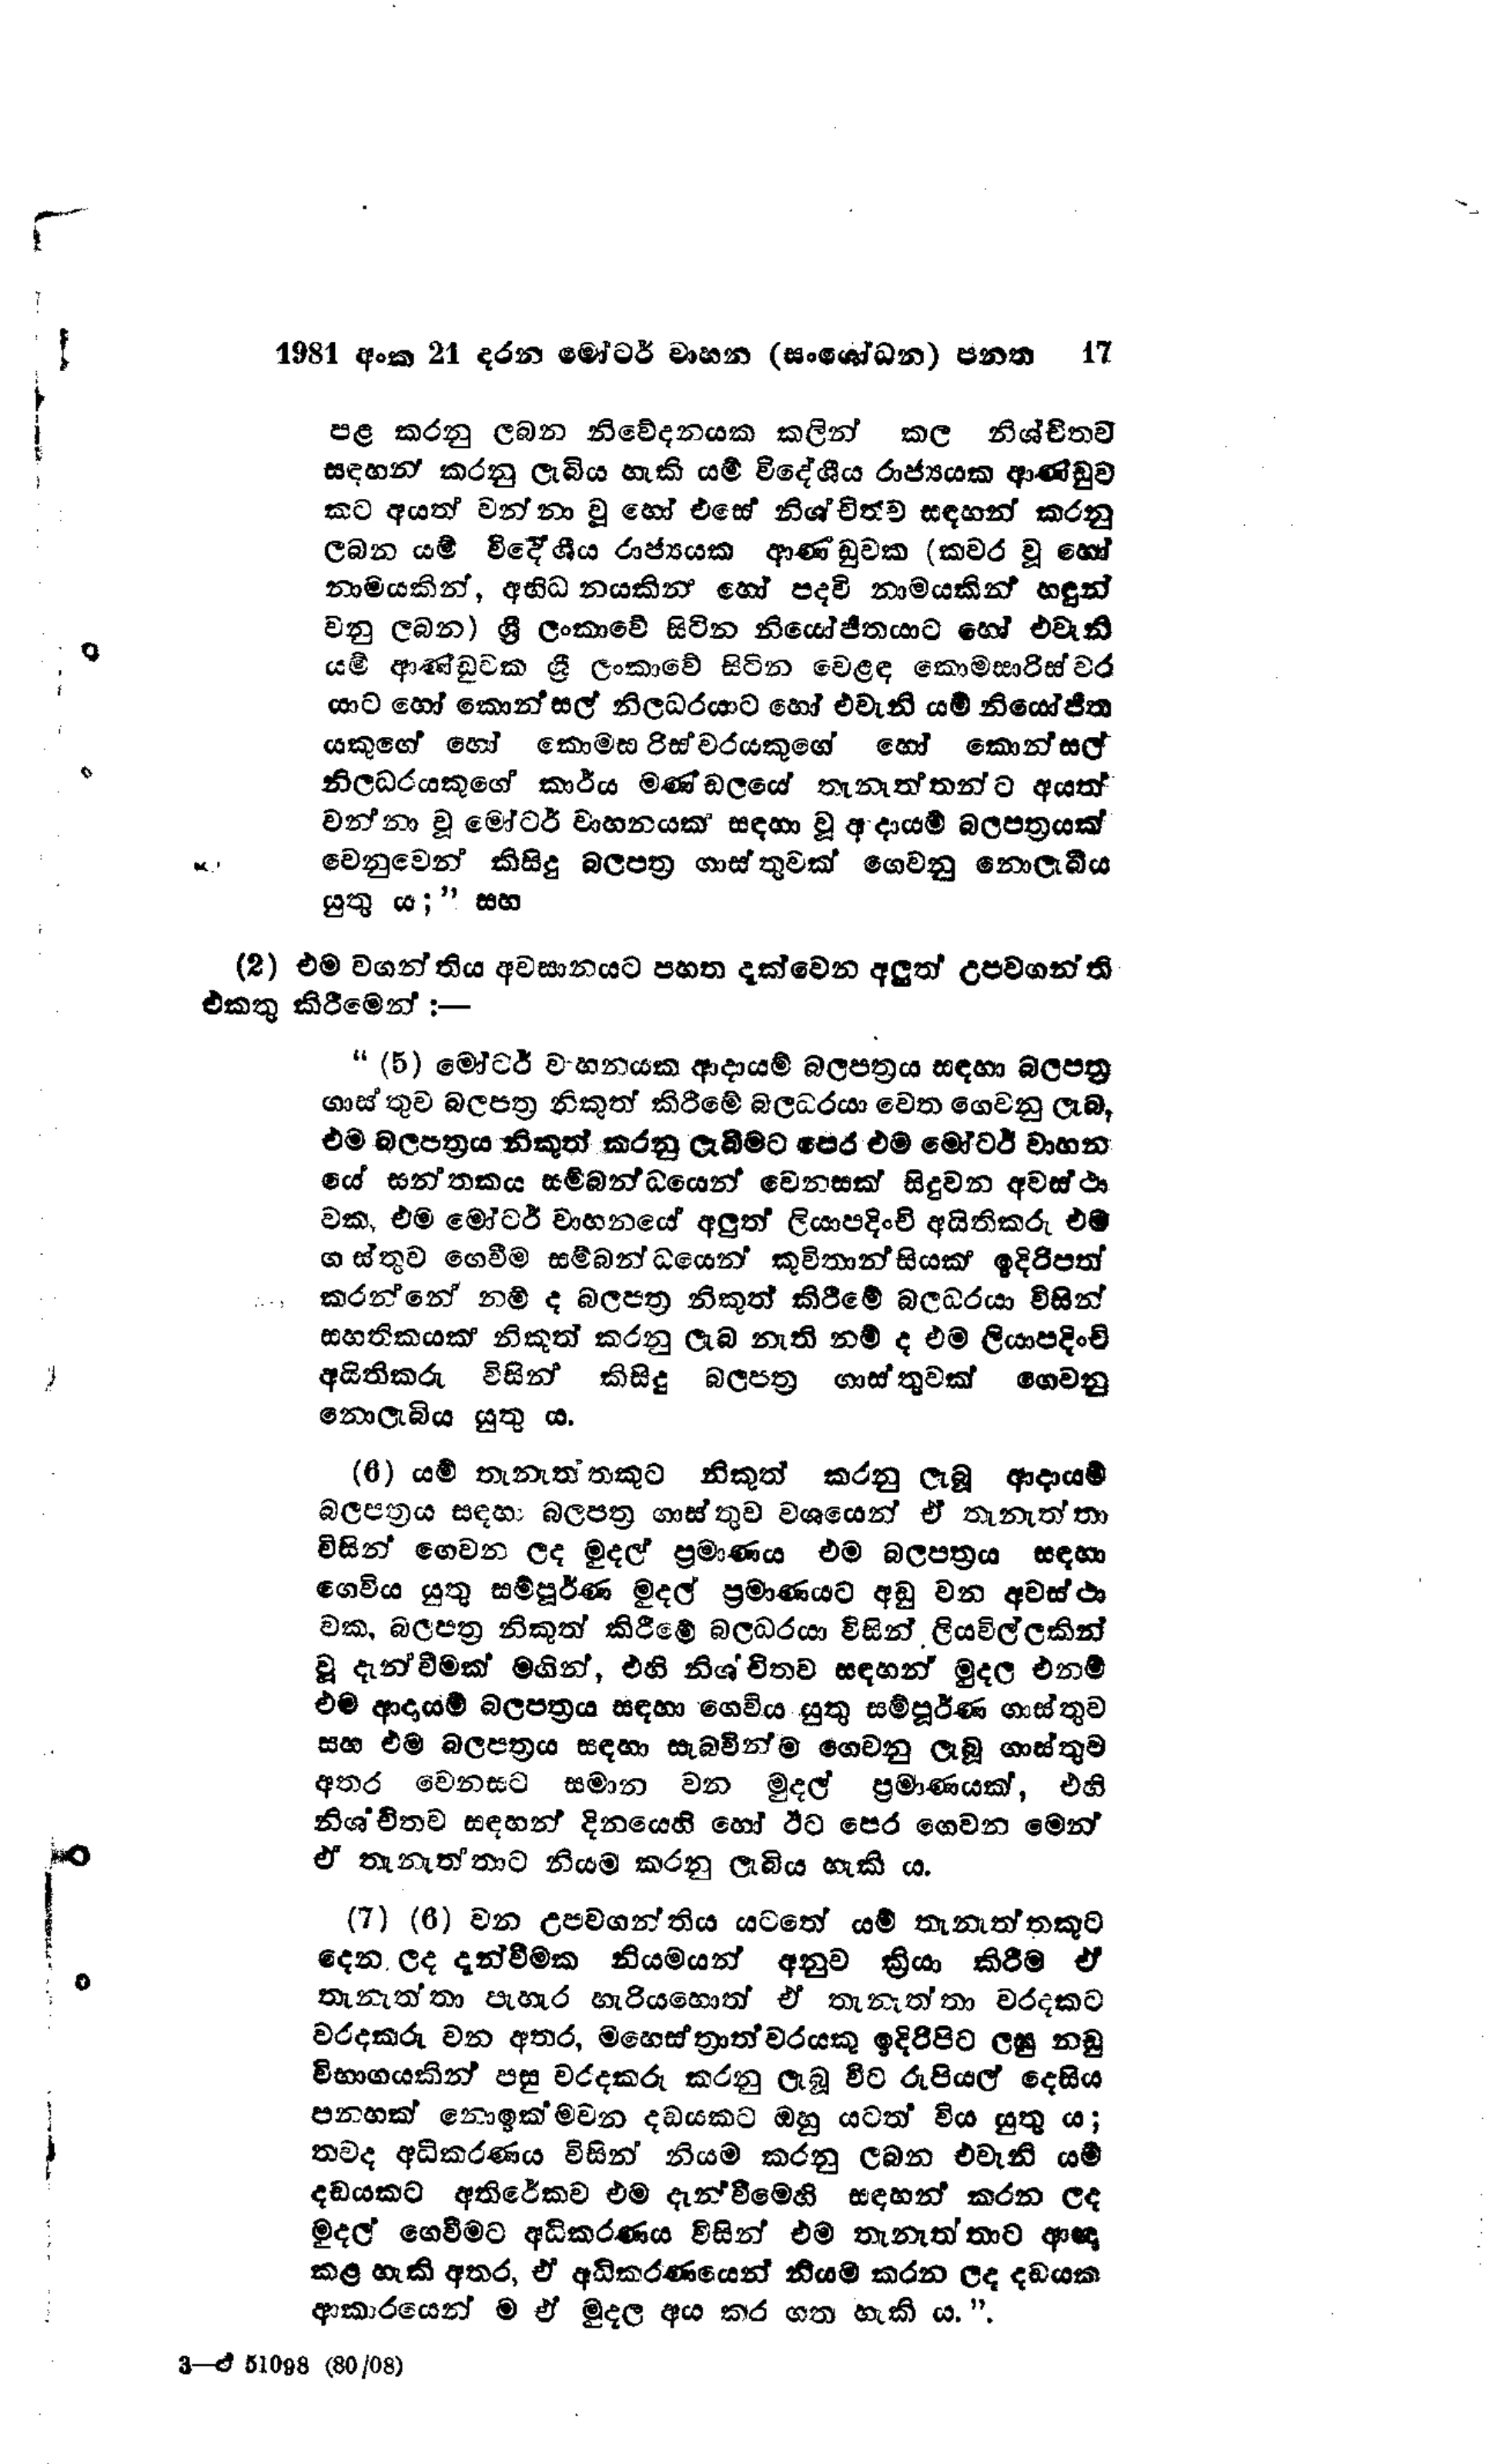
1981 අංක 21 දරන මෝටර් වාහන (සංශෝධන) පනත 	17

පළ කරනු ලබන නිවේදනයක කලින් කල නිශ්චිතව
සඳහන් කරනු ලැබිය හැකි යම් විදේශීය රාජ්‍යයක ආණ්ඩුව
කට අයත් වන්නා වූ හෝ එසේ නිශ්චිත්ව සඳහන් කරනු
ලබන යම් විදේශීය රාජ්‍යයක ආණ්ඩුවක (කවර වූ හෝ
නාමයකින්, අභිධනයකින් හෝ පදවි නාමයකින් හඳුන්
වනු ලබන) ශ්‍රී ලංකාවේ සිටින නියෝජිතයාට හෝ එවැනි
යම් ආණ්ඩුවක ශ්‍රී ලංකාවේ සිටින වෙළඳ කොමසාරිස්වර
යාට හෝ කොන්සල් නිලධරයාට හෝ එවැනි යම් නියෝජිත
යකුගේ හෝ කොමසරිස්වරයකුගේ හෝ කොන්සල්
නිලධරයකුගේ කාර්ය මණ්‌ඩලයේ තැනැත්තන්ට අයත්
වන්නා වූ මෝටර් වාහනයක් සඳහා වූ ආදායම් බලපත්‍රයක්
වෙනුවෙන් කිසිදු බලපත්‍ර ගාස්තුවක් ගෙවනු නොලැබීය
යුතු ය; " සහ

(2) එම වගන්තිය අවසානයට පහත දැක්වෙන අලුත් උපවගන්ති
එකතු කිරීමෙන් :-

" (5) මෝටර් වාහනයක ආදායම් බලපත්‍රය සඳහා බලපත්‍ර
ගාස්තුව බලපත්‍ර නිකුත් කිරීමේ බලධරයා වෙත ගෙවනු ලැබ,
එම බලපත්‍රය නිකුත් කරනු ලැබීමට පෙර එම මෝටර් වාහන
යේ සන්තකය සම්බන්ධයෙන් වෙනසක් සිදුවන අවස්ථා
වක, එම මෝටර් වාහනයේ අලුත් ලියාපදිංචි අයිතිකරු එම
ගාස්තුව ගෙවීම සම්බන්ධයෙන් කුවිතාන්සියක් ඉදිරිපත්
කරන්නේ නම් ද බලපත්‍ර නිකුත් කිරීමේ බලධරයා විසින්
සහතිකයක් නිකුත් කරනු ලැබ නැති නම් ද එම ලියාපදිංචි
අයිතිකරු විසින් කිසිදු බලපත්‍ර ගාස්තුවක් ගෙවනු
නොලැබිය යුතු ය.

(6) යම් තැනැත්තකුට නිකුත් කරනු ලැබූ ආදායම්
බලපත්‍රය සඳහා බලපත්‍ර ගාස්තුව වශයෙන් ඒ තැනැත්තා
විසින් ගෙවන ලද මුදල් ප්‍රමාණය එම බලපත්‍රය සඳහා
ගෙවිය යුතු සම්පුර්ණ මුදල් ප්‍රමාණයට අඩු වන අවස්ථා
වක, බලපත්‍ර නිකුත් කිරීමේ බලධරයා විසින් ලියවිල්ලකින්
වූ දැන්වීමක් මගින්, එහි නිශ්විතව සඳහන් මුදල එනම්
එම ආදායම් බලපත්‍රය සඳහා ගෙවිය යුතු සම්පූර්ණ ගාස්තුව
සහ එම බලපත්‍රය සඳහා සැබවින්ම ගෙවනු ලැබූ ගාස්තුව
අතර වෙනසට සමාන වන මුදල් ප්‍රමාණයක්, එහි
නිශ්චිතව සඳහන් දිනයෙහි හෝ ඊට පෙර ගෙවන මෙන්
ඒ තැනැත්තාට නියම කරනු ලැබිය හැකි ය.

(7) (6) වන උපවගන්තිය යටතේ යම් තැනැත්තකුට
දෙන ලද දැන්වීමක නියමයන් අනුව ක්‍රියා කිරීම ඒ
තැනැත්තා පැහැර හැරියහොත් ඒ තැනැත්තා වරදකට
වරදකරු වන අතර, මහෙස්ත්‍රාත්වරයකු ඉදිරිපිට ලඝු නඩු
විභාගයකින් පසු වරදකරු කරනු ලැබූ විට රුපියල් දෙසිය
පනහක් නොඉක්මවන දඩයකට ඔහු යටත් විය යුතු ය;
තවද අධිකරණය විසින් නියම කරනු ලබන එවැනි යම්
දඩයකට අතිරේකව එම දැන්වීමෙහි සඳහන් කරන ලද
මුදල් ගෙවීමට අධිකරණය විසින් එම තැනැත්තාට ආඥා
කළ හැකි අතර, ඒ අධිකරණයෙන් නියම කරන ලද දඩයක
ආකාරයෙන් ම ඒ මුදල අය කර ගත හැකි ය.".

3-ඒ 51098 (80/08)